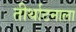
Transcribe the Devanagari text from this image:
तीर्थाटनाला